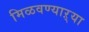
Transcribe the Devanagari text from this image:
मिळवण्याऱ्या